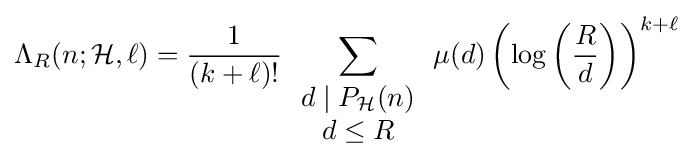
\Lambda _{R}(n;{\mathcal {H}},\ell )={\frac {1}{(k+\ell )!}}\sum \limits _{\begin{array}{c}d\mid P_{\mathcal {H}}(n)\\d\leq R\end{array}}\mu (d)\left(\log \left({\frac {R}{d}}\right)\right)^{k+\ell }